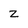
Character: z